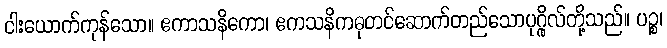
ငါးယောက်ကုန်သော။ ဧကာသနိကော၊ ဧကသနိကဓုတင်ဆောက်တည်သောပုဂ္ဂိုလ်တို့သည်။ ပဉ္စ၊